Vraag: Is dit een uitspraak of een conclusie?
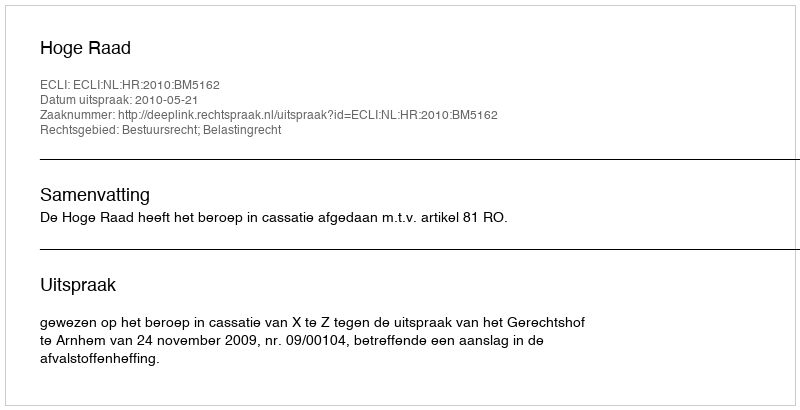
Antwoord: Uitspraak